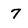
Character: 7